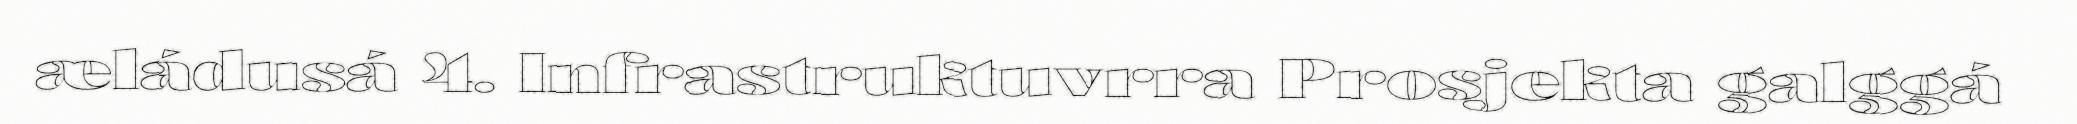
æládusá 4. Infrastruktuvrra Prosjekta galggá